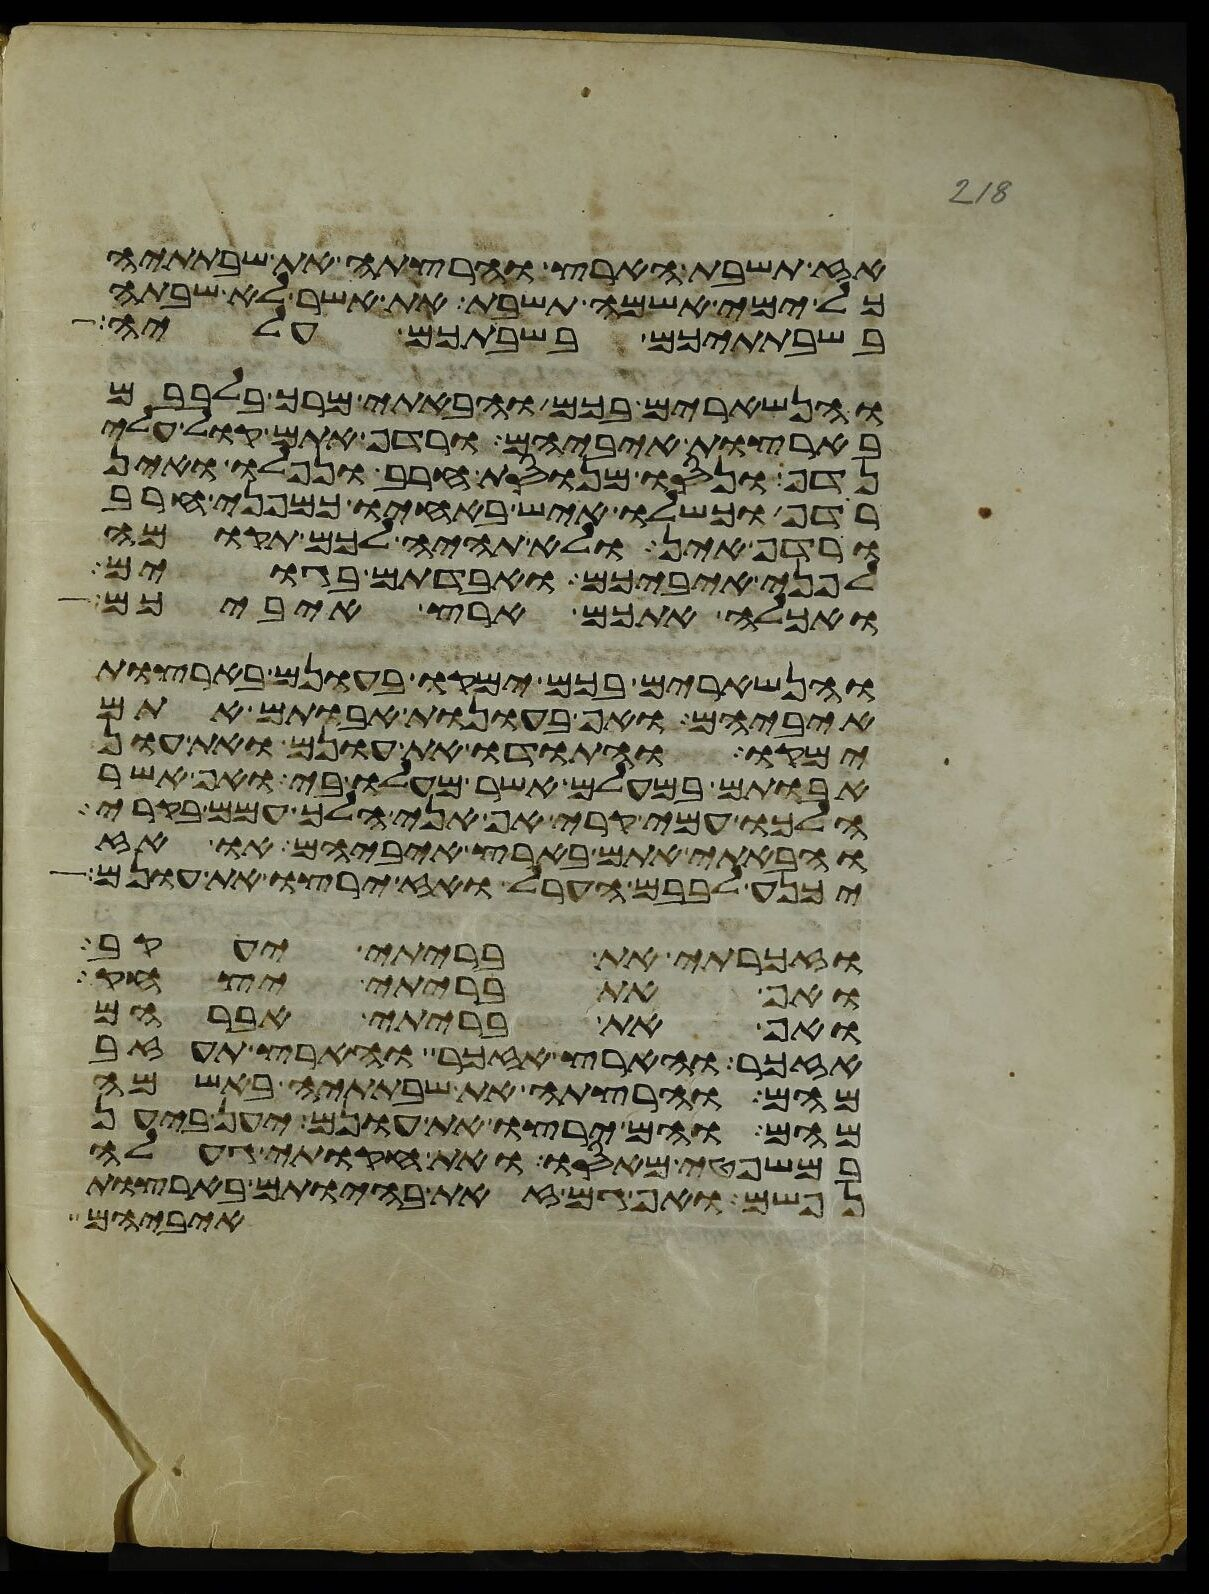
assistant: אז תשבת הארץ והרצתה את שבתתיה
כל ימי אשמה תשבת את אשר לא שבתה
בשבתתיכם בשבתכם עליה
והנשארים בכם והבאתי מרך בלבבם
בארצות איביהם ורדף אתם קול עלי
נדף ונסו מנוסת חרב ונפלו ואין
רדף וכשלו איש באחיו כמפני חרב
ורדף אין ולא תהיה לכם תקומה
לפני איביכם ואבדתם בגוים
ואכלה אתכם ארץ איביכם
והנשארים בכם ימקו בעונם בארצות
איביהם ואף בעונות אבותם אתם
ימקו והתודו את עונם ואת עון
אבותם במעלם אשר מעלו בי ואף אשר
הלכו עמי בקרי אף אני הלך עמם בקרי
והבאתי אתם בארץ איביהם או אז
יכנע לבבם הערל ואז ירצו את עונם
וזכרתי את בריתי יעקב
ואף את בריתי יצחק
ואף את בריתי אברהם
אזכר והארץ אזכר והארץ תעזב
מהם והרצתה את שבתתיה באשמה
מהם והם ירצו את עונם יען ביען
במשפטי מאסו ואת חקותי געלה
נפשם ואף גם זאת בהיותם בארצות
איביהם